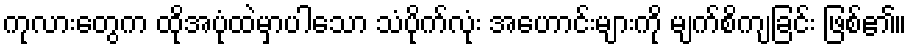
ကုလားတွေက ထိုအပုံထဲမှာပါသော သံပိုက်လုံး အဟောင်းများကို မျက်စိကျခြင်း ဖြစ်၏။